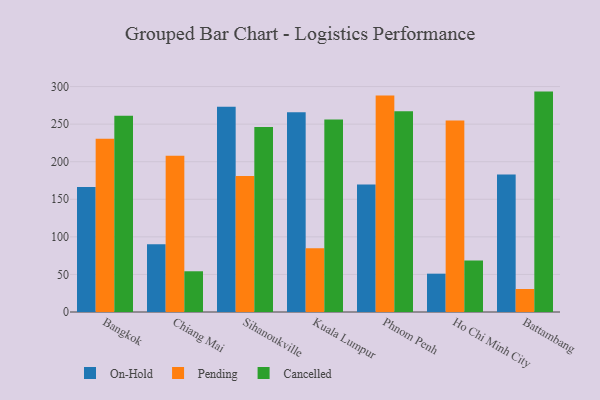
{"axis": {"x": "City", "y": "Website Visitors"}, "legend": ["Cancelled", "On-Hold", "Pending"], "data": [{"x": "Bangkok", "y": 166.3, "type": "On-Hold"}, {"x": "Bangkok", "y": 230.7, "type": "Pending"}, {"x": "Bangkok", "y": 261.2, "type": "Cancelled"}, {"x": "Chiang Mai", "y": 90.0, "type": "On-Hold"}, {"x": "Chiang Mai", "y": 207.8, "type": "Pending"}, {"x": "Chiang Mai", "y": 54.2, "type": "Cancelled"}, {"x": "Sihanoukville", "y": 273.1, "type": "On-Hold"}, {"x": "Sihanoukville", "y": 180.9, "type": "Pending"}, {"x": "Sihanoukville", "y": 246.2, "type": "Cancelled"}, {"x": "Kuala Lumpur", "y": 265.8, "type": "On-Hold"}, {"x": "Kuala Lumpur", "y": 84.8, "type": "Pending"}, {"x": "Kuala Lumpur", "y": 256.3, "type": "Cancelled"}, {"x": "Phnom Penh", "y": 169.8, "type": "On-Hold"}, {"x": "Phnom Penh", "y": 288.2, "type": "Pending"}, {"x": "Phnom Penh", "y": 267.3, "type": "Cancelled"}, {"x": "Ho Chi Minh City", "y": 51.0, "type": "On-Hold"}, {"x": "Ho Chi Minh City", "y": 254.9, "type": "Pending"}, {"x": "Ho Chi Minh City", "y": 68.6, "type": "Cancelled"}, {"x": "Battambang", "y": 182.9, "type": "On-Hold"}, {"x": "Battambang", "y": 30.6, "type": "Pending"}, {"x": "Battambang", "y": 293.3, "type": "Cancelled"}]}